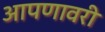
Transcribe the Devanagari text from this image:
आपणावरी